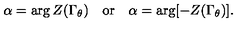
\alpha = \arg Z ( \Gamma _ { \theta } ) \quad \mathrm { o r } \quad \alpha = \arg [ - Z ( \Gamma _ { \theta } ) ] .